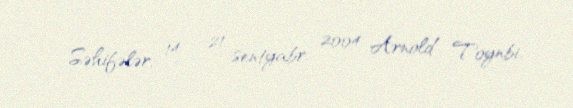
Səhifələr, 14 – 21 sentyabr, 2004 Arnold Toynbi.